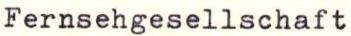
Fernsehgesellschaft